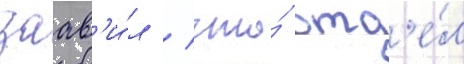
заав'и́л / что́ отд'е́л